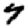
Digit: 7